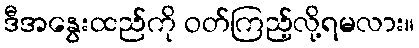
ဒီအနွေးထည်ကို ဝတ်ကြည့်လို့ရမလား။